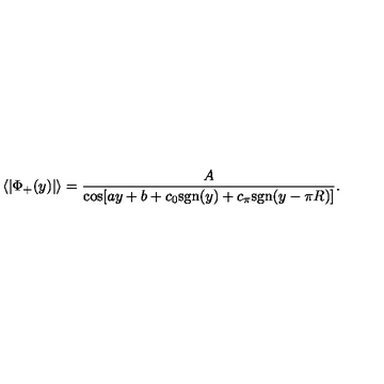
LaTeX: \langle | \Phi _ { + } ( y ) | \rangle = { \frac { A } { \cos [ a y + b + c _ { 0 } \mathrm { s g n } ( y ) + c _ { \pi } \mathrm { s g n } ( y - \pi R ) ] } } .